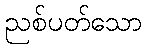
ညစ်ပတ်သော